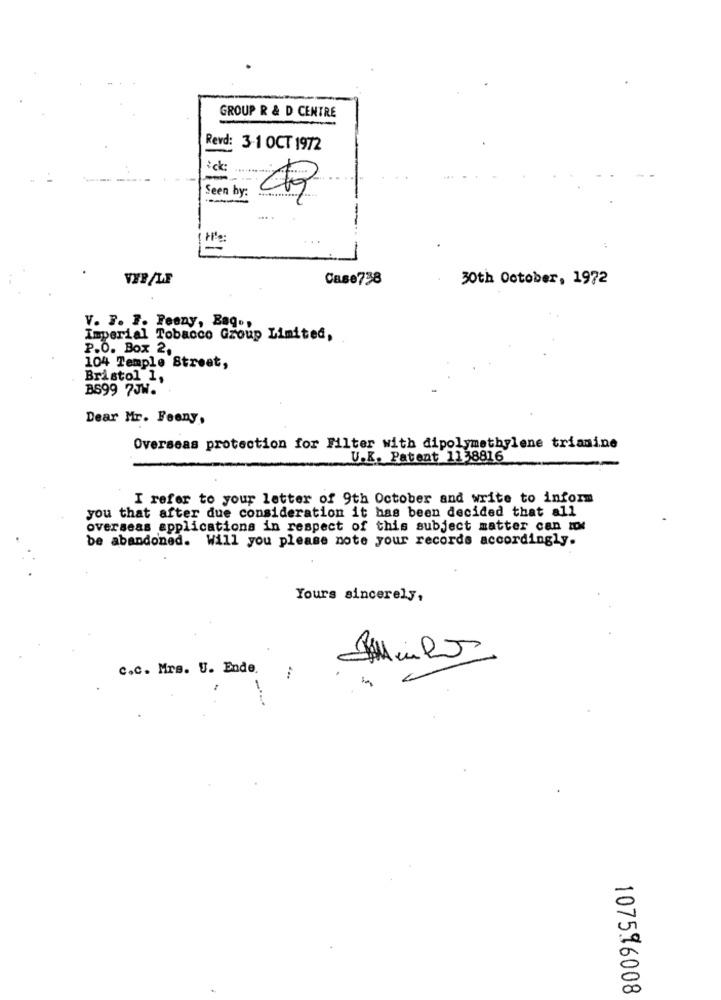
GROUP R & D CENTRE
Revd: 3-1 OCT 1972
Seen by:
tie:
VER/LE
Case738
30th October, 1972
V. F. F. Peeny, Bag .,
Imperial Tobacco Group Limited,
P.O. Box 2,
104 Temple Street,
Bristol 1,
BS99 7JW.
Dear Mr. Feeny,
Overseas protection for Filter with dipolymethylene trianine
U.K. Patent 1138816
I refer to your letter of 9th October and write to inform
you that after due consideration it has been decided that all
overseas applications in respect of this subject matter can mx
be abandoned. Will you please note your records accordingly.
Yours sincerely,
0
C.C. Mrs. U. Ende.
107596008